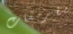
مقرمشات